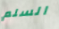
السلم